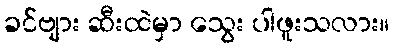
ခင်ဗျား ဆီးထဲမှာ သွေး ပါဖူးသလား။